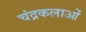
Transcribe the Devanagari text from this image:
चंद्रकलाओं